Ranna_vallavalitsus, lk 11
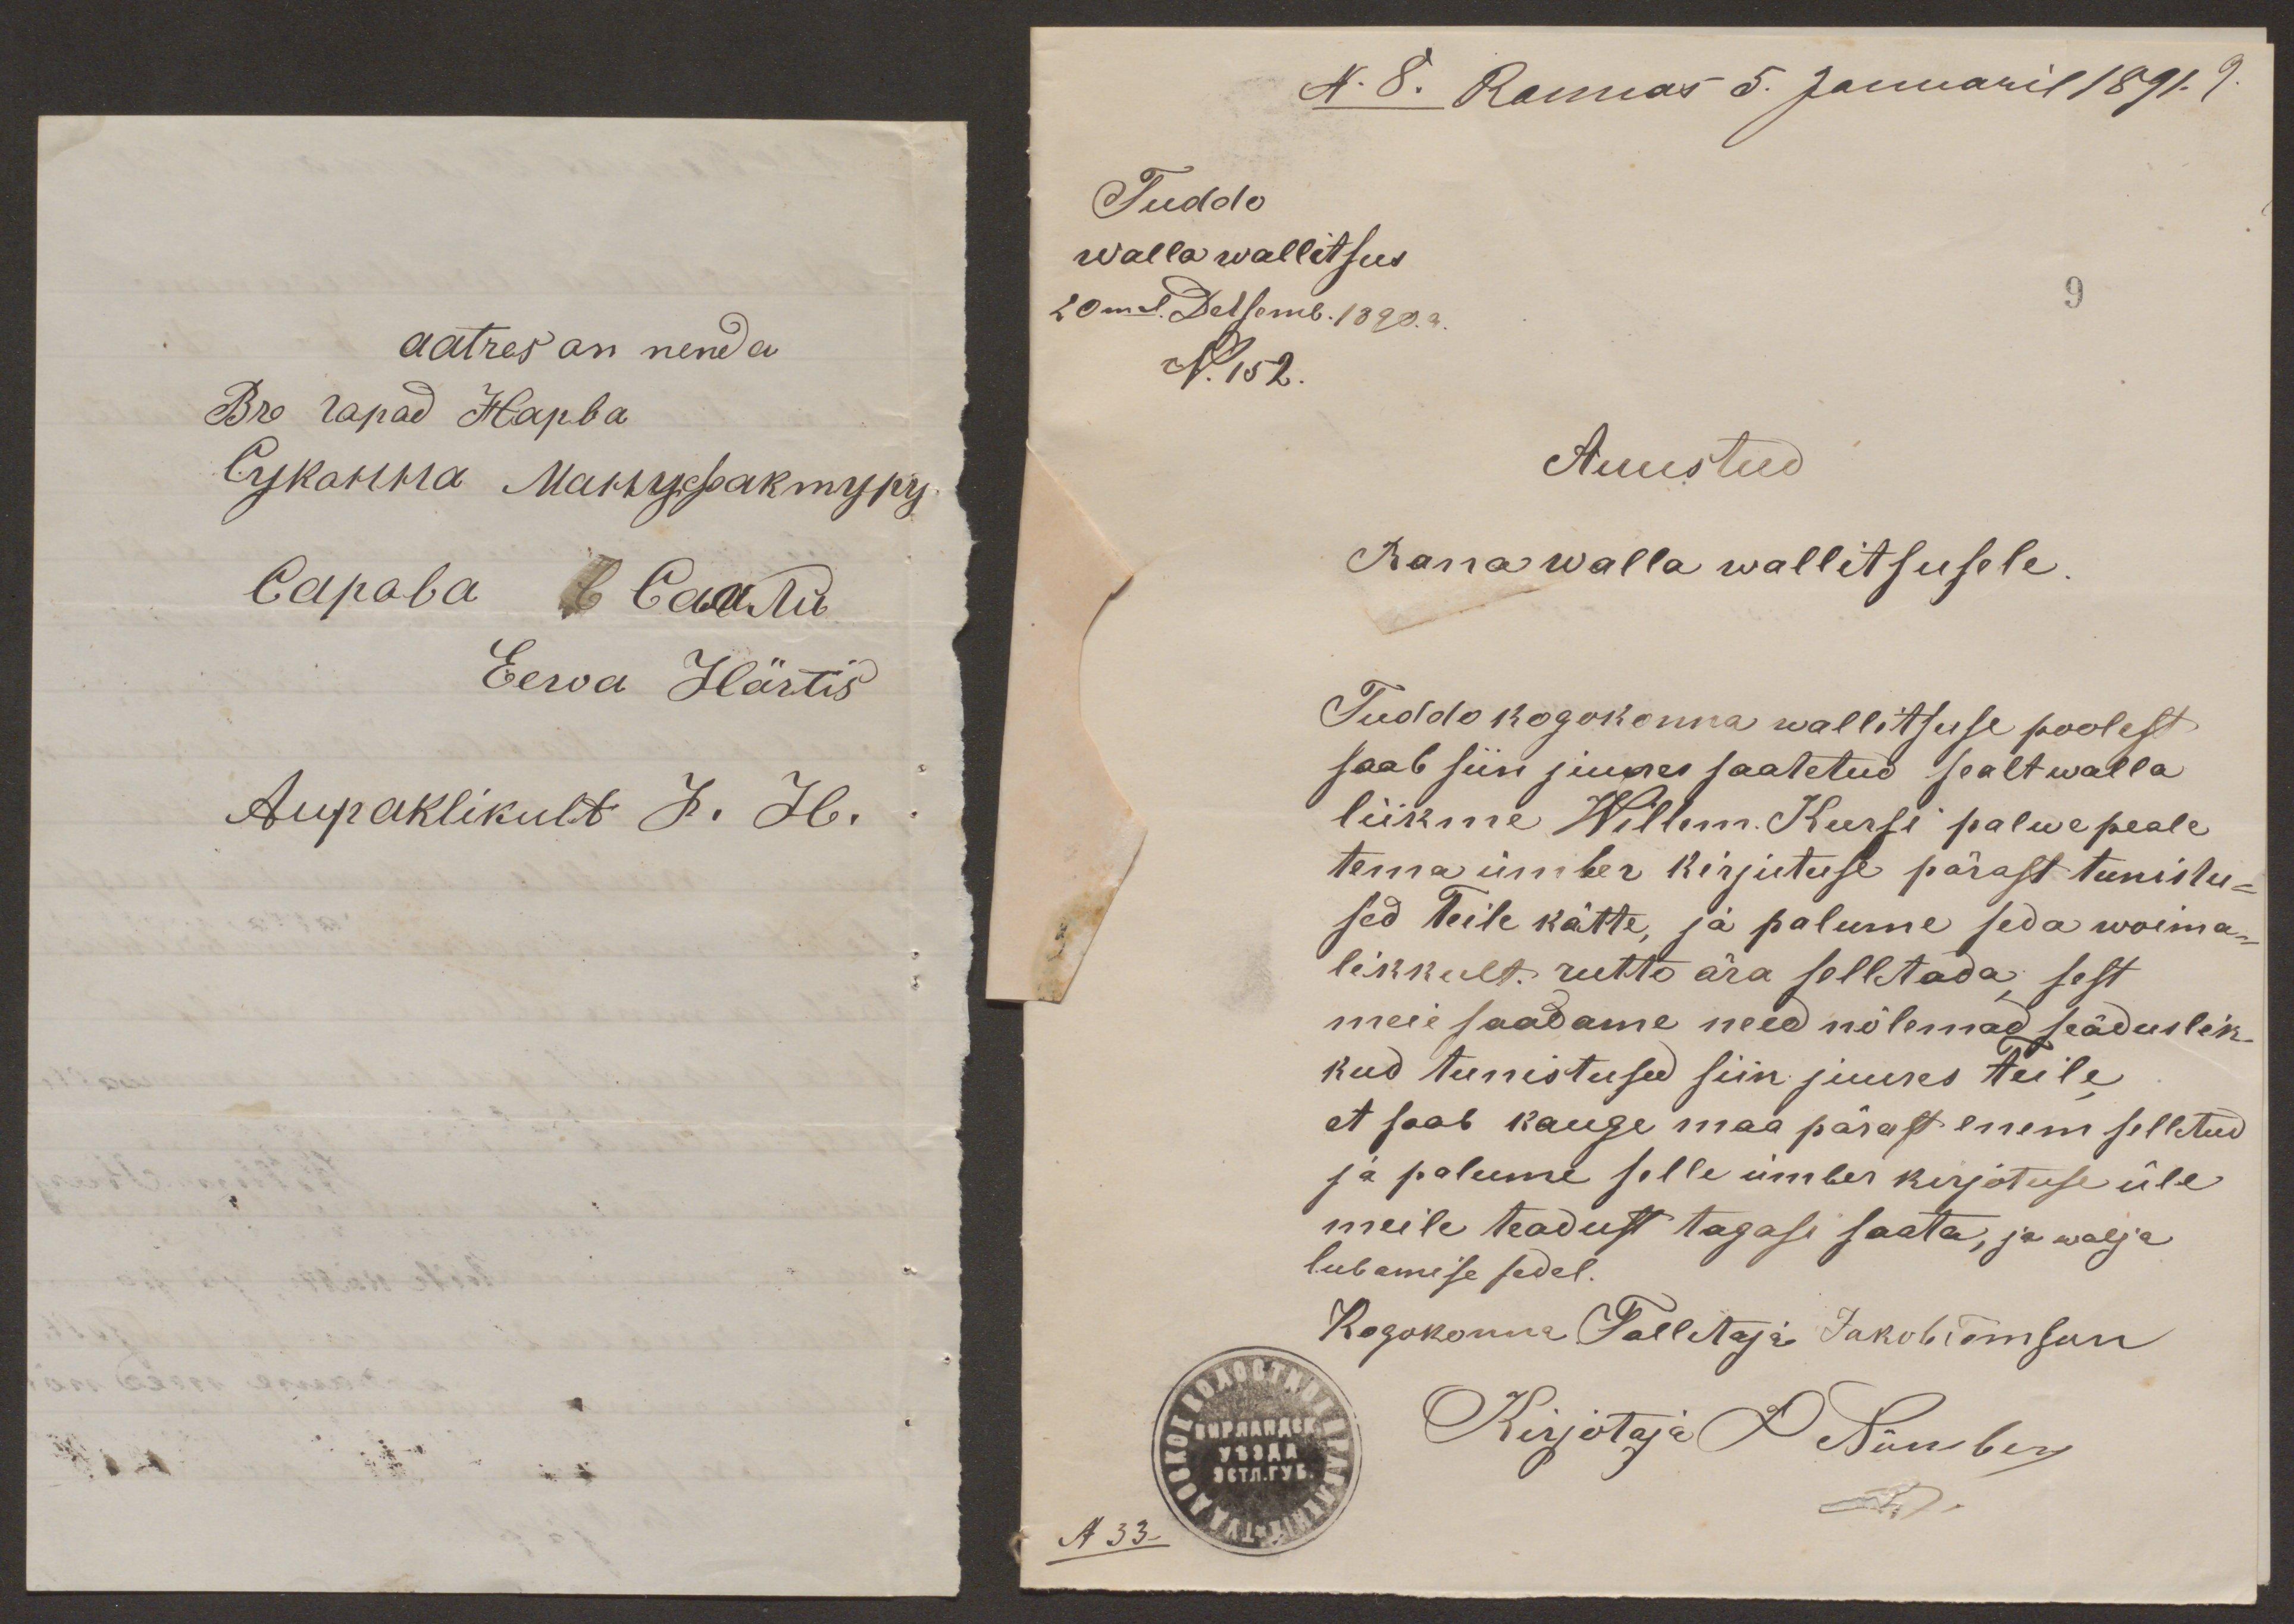
aatres on nenda
Eewa Härtis
Aupaklikult J. H.

Tuddo
walla wallitsus
20mal Detsemb. 1890.a.
9
N. 152.
Auustud
Ranna walla wallitsusele.
Tuddo kogokonna walitsuse poolest
saab siin juures saatetud sealt walla
liikme Willem. Keersi palwe peale
tema ümber kirjutuse pärast tunistu-
sed Teile kätte, ja palume seda woima-
likkult rutto ära selletada, sest
meie saadame need mõlemad seäduslik-
kud tunistused siin juures teile
et saab kauge maa pärast enem selletud
ja palume selle ümber kirjotuse üle
meile teadust tagasi saata, ja wälja
lubamise sedel.
Kogokonna Talletaja Jakob Tomson
Kirjotaja P. Niineberg

N 33